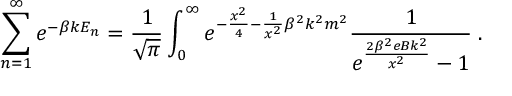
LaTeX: \sum _ { n = 1 } ^ { \infty } e ^ { - \beta k E _ { n } } = \frac { 1 } { \sqrt { \pi } } \int _ { 0 } ^ { \infty } e ^ { - \frac { x ^ { 2 } } { 4 } - \frac { 1 } { x ^ { 2 } } { \beta } ^ { 2 } k ^ { 2 } m ^ { 2 } } \frac { 1 } { e ^ { \frac { 2 { \beta } ^ { 2 } e B k ^ { 2 } } { x ^ { 2 } } } - 1 } \; .